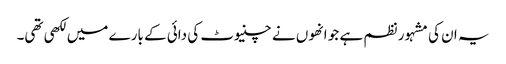
یہ ان کی مشہور نظم ہے جو انھوں نے چنیوٹ کی دائی کے بارے میں لکھی تھی۔